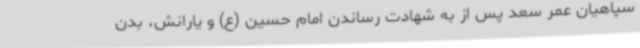
سپاهیان عمر سعد پس از به شهادت رساندن امام حسین (ع) و یارانش، بدن